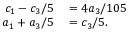
\begin{array} { r l } { c _ { 1 } - c _ { 3 } / 5 } & { { } = 4 a _ { 3 } / 1 0 5 } \\ { a _ { 1 } + a _ { 3 } / 5 } & { { } = c _ { 3 } / 5 . } \end{array}